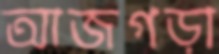
আজগড়া